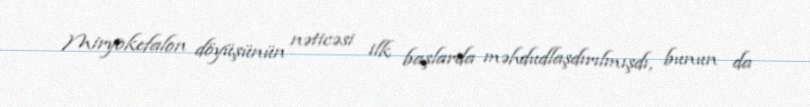
Miryokefalon döyüşünün nəticəsi ilk başlarda məhdudlaşdırılmışdı, bunun da